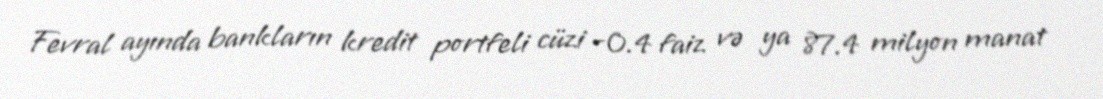
Fevral ayında bankların kredit portfeli cüzi -0.4 faiz və ya 87.4 milyon manat